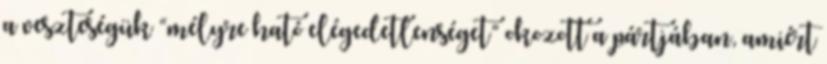
a veszteségük “mélyre ható elégedetlenséget” okozott a pártjában, amiért